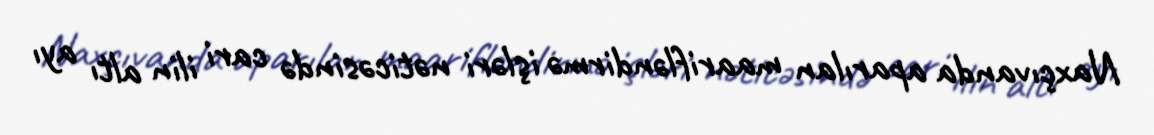
Naxçıvanda aparılan maarifləndirmə işləri nəticəsində cari ilin altı ayı